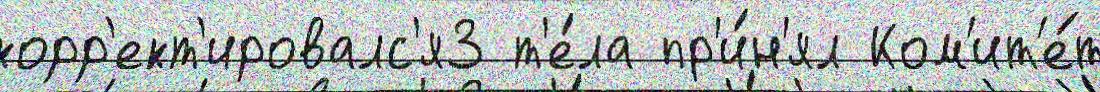
корр'ект'ировалс'я3 т'е́ла пр'и́н'ял Ком'ит'е́т